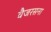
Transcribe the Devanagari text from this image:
वैजरसना